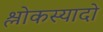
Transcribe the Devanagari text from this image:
श्लोकस्यादो